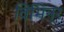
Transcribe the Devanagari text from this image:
विभिन्र